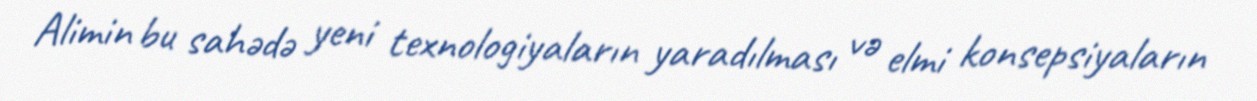
Alimin bu sahədə yeni texnologiyaların yaradılması və elmi konsepsiyaların